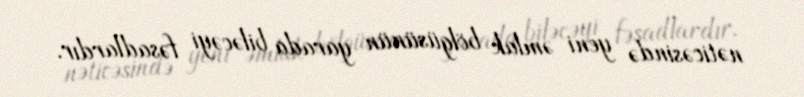
nəticəsində yeni əmlak bölgüsünün yarada biləcəyi fəsadlardır.